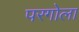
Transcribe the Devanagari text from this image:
परगोला